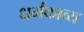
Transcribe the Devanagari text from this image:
धर्मकाव्य